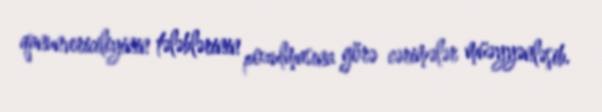
qanunvericiliyinin tələblərinin pozulmasına görə cərimələr müəyyənləşib.